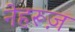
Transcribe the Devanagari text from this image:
नेहरूज़